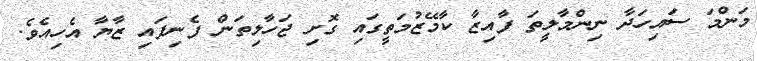
މަންމަ ސައިހަދާ ނިންމާލީތަ ފާއިޒާ ކާމޭޒުމަތީގައި ގޮށި ޖަހާލިތަން ފެނިފައި ޒާޔާ އެހިއެވެ.